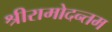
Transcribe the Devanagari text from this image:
श्रीरामोदन्तम